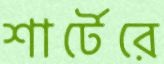
শার্টেরে